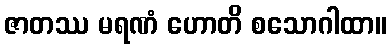
ဇာတဿ မရဏံ ဟောတိ စသောဂါထာ။